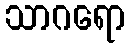
သာဂရော